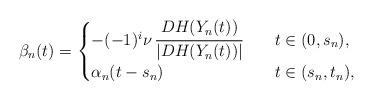
LaTeX: \begin{align*}\beta_n (t) =\begin{cases}- (-1)^i \nu \, \cfrac{DH(Y_n (t))}{|DH(Y_n (t))|} \ \ \ & t \in (0, s_n), \\\alpha_n (t - s_n) \ \ \ & t \in (s_n, t_n),\end{cases}\end{align*}